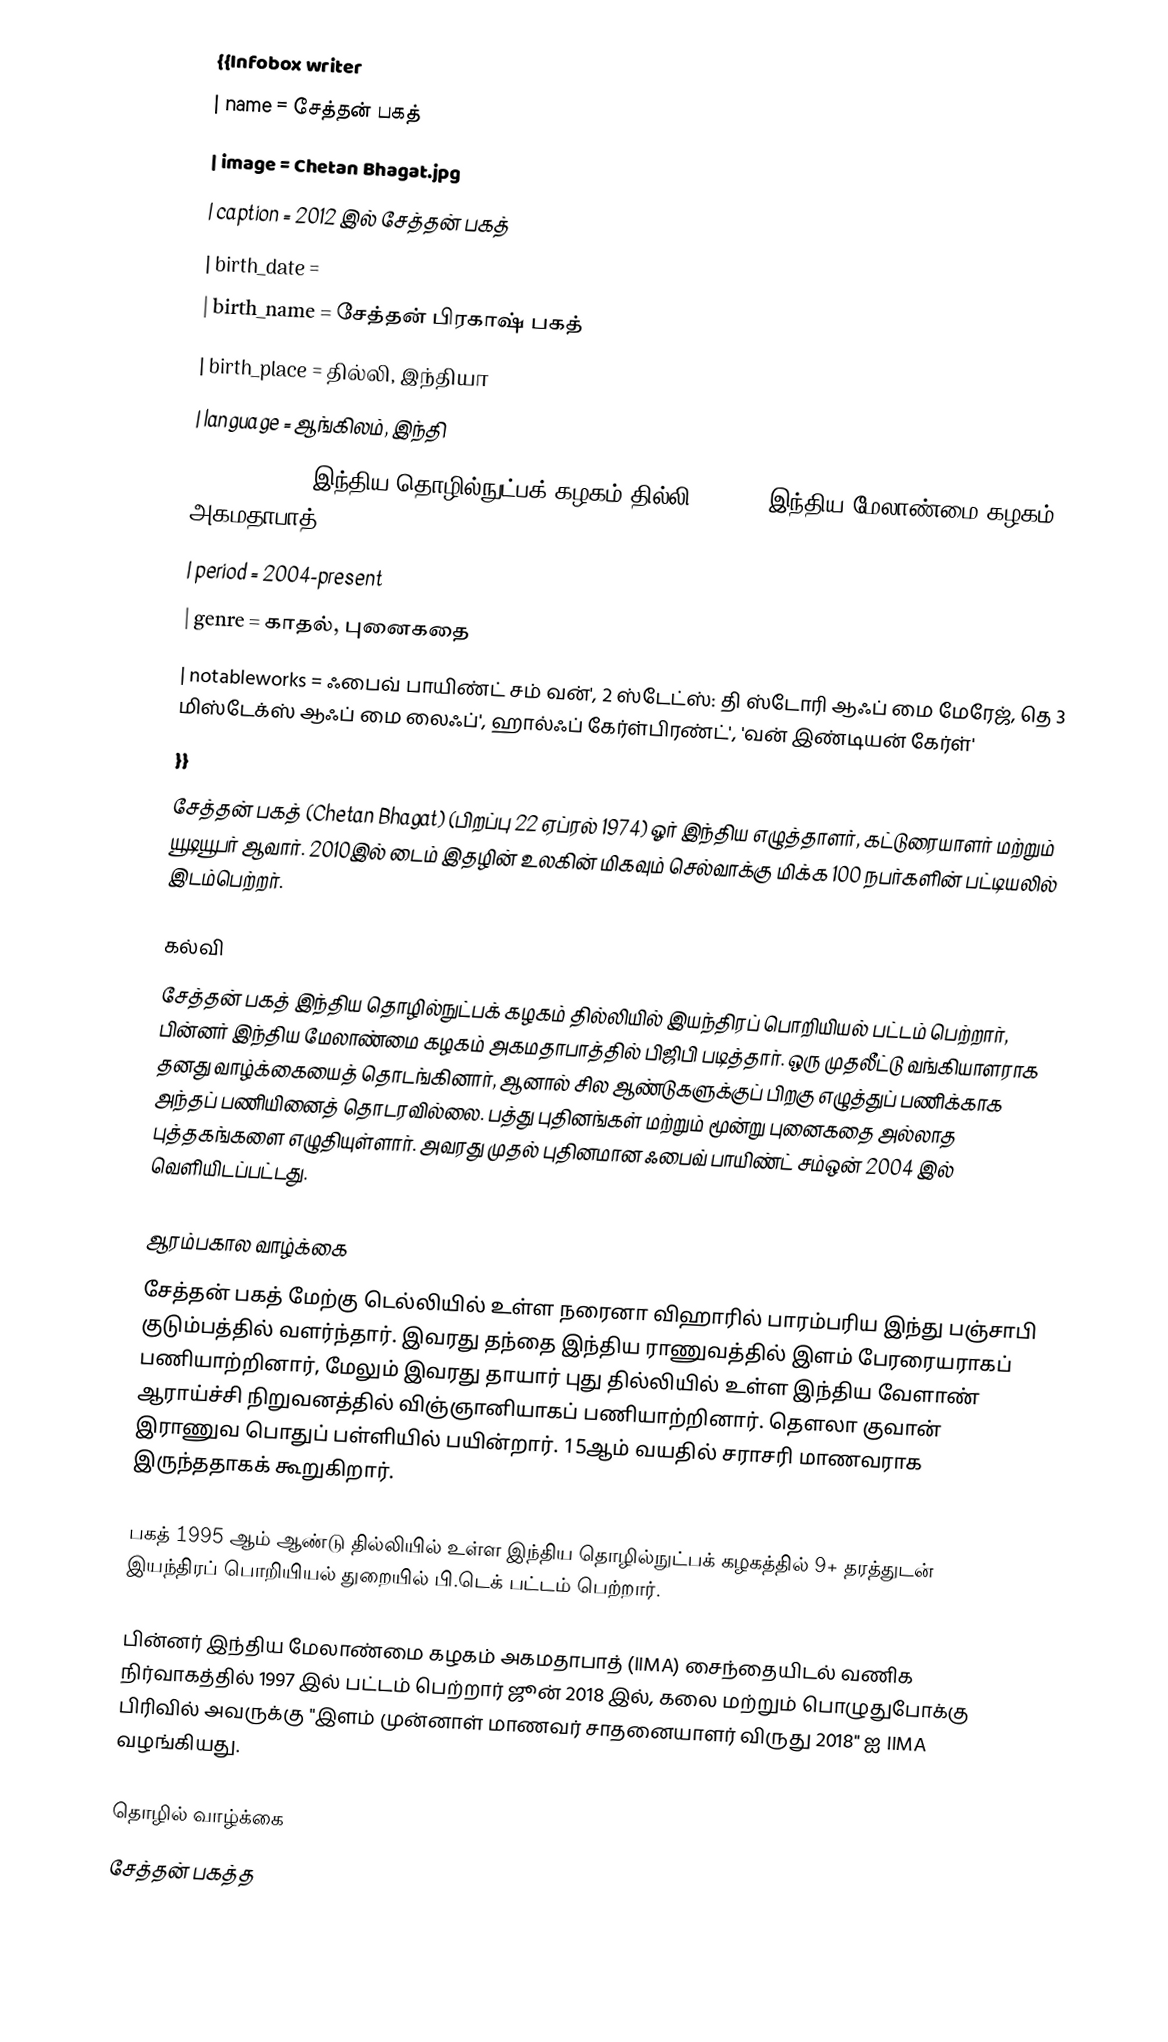
{{Infobox writer
| name         = சேத்தன் பகத்
| image        = Chetan Bhagat.jpg
| caption      = 2012 இல் சேத்தன் பகத்
| birth_date   =
| birth_name   = சேத்தன் பிரகாஷ் பகத்
| birth_place  = தில்லி, இந்தியா
| language     = ஆங்கிலம், இந்தி
| education    = இந்திய தொழில்நுட்பக் கழகம் தில்லி (B.Tech)இந்திய மேலாண்மை கழகம் அகமதாபாத் (PGP)
| period       = 2004-present
| genre        = காதல்,  புனைகதை
| notableworks = ஃபைவ் பாயிண்ட் சம் வன்', 2 ஸ்டேட்ஸ்: தி ஸ்டோரி ஆஃப் மை மேரேஜ், தெ 3 மிஸ்டேக்ஸ் ஆஃப் மை லைஃப்', ஹால்ஃப் கேர்ள்பிரண்ட்', 'வன் இண்டியன் கேர்ள்'
}}
சேத்தன் பகத் (Chetan Bhagat)  (பிறப்பு 22 ஏப்ரல் 1974)  ஓர் இந்திய எழுத்தாளர், கட்டுரையாளர் மற்றும் யூடியூபர் ஆவார். 2010இல் டைம் இதழின் உலகின் மிகவும் செல்வாக்கு மிக்க 100 நபர்களின் பட்டியலில்  இடம்பெற்றர்.

 கல்வி
சேத்தன் பகத் இந்திய தொழில்நுட்பக் கழகம் தில்லியில் இயந்திரப் பொறியியல் பட்டம் பெற்றார், பின்னர் இந்திய மேலாண்மை கழகம் அகமதாபாத்தில் பிஜிபி படித்தார்.  ஒரு முதலீட்டு வங்கியாளராக தனது வாழ்க்கையைத் தொடங்கினார், ஆனால் சில ஆண்டுகளுக்குப் பிறகு எழுத்துப் பணிக்காக அந்தப் பணியினைத் தொடரவில்லை.  பத்து புதினங்கள் மற்றும் மூன்று புனைகதை அல்லாத புத்தகங்களை எழுதியுள்ளார். அவரது முதல் புதினமான ஃபைவ் பாயிண்ட் சம்ஒன் 2004 இல் வெளியிடப்பட்டது.

 ஆரம்பகால வாழ்க்கை
சேத்தன் பகத் மேற்கு டெல்லியில் உள்ள நரைனா விஹாரில் பாரம்பரிய இந்து பஞ்சாபி குடும்பத்தில் வளர்ந்தார். இவரது தந்தை இந்திய ராணுவத்தில் இளம் பேரரையராகப் பணியாற்றினார், மேலும் இவரது தாயார் புது தில்லியில் உள்ள இந்திய வேளாண் ஆராய்ச்சி நிறுவனத்தில் விஞ்ஞானியாகப் பணியாற்றினார். தௌலா குவான் இராணுவ பொதுப் பள்ளியில் பயின்றார்.  15ஆம் வயதில் சராசரி மாணவராக இருந்ததாகக் கூறுகிறார்.

பகத் 1995 ஆம் ஆண்டு தில்லியில் உள்ள இந்திய தொழில்நுட்பக் கழகத்தில் 9+ தரத்துடன் இயந்திரப் பொறியியல் துறையில் பி.டெக் பட்டம் பெற்றார்.

பின்னர் இந்திய மேலாண்மை கழகம் அகமதாபாத் (IIMA) சைந்தையிடல்  வணிக நிர்வாகத்தில் 1997 இல் பட்டம் பெற்றார்  ஜூன் 2018 இல், கலை மற்றும் பொழுதுபோக்கு பிரிவில் அவருக்கு "இளம் முன்னாள் மாணவர் சாதனையாளர் விருது 2018" ஐ IIMA வழங்கியது.

 தொழில் வாழ்க்கை
சேத்தன் பகத்த